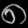
Digit: ၈